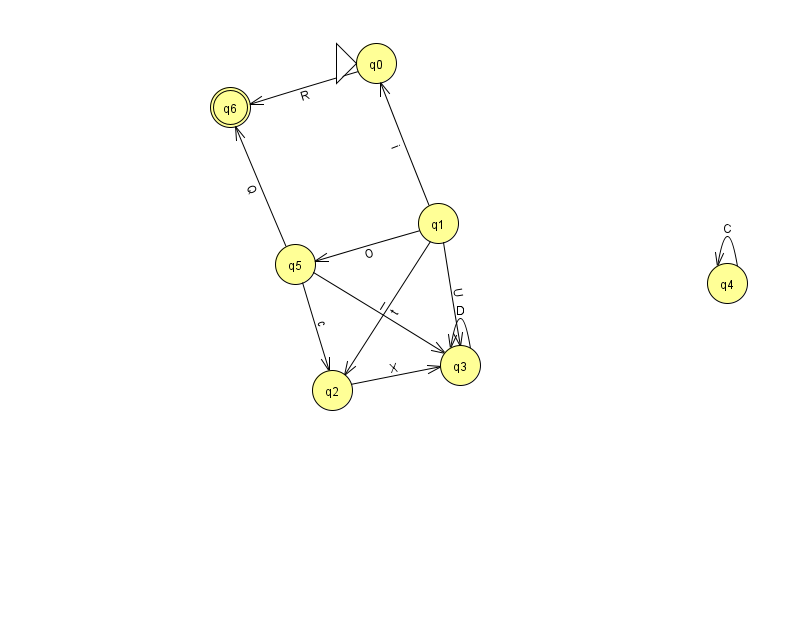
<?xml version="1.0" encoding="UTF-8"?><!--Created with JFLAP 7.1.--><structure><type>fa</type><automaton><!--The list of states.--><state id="0" name="q0"><x>376.0</x><y>50.0</y><initial/></state><state id="1" name="q1"><x>438.0</x><y>210.0</y></state><state id="2" name="q2"><x>332.0</x><y>377.0</y></state><state id="3" name="q3"><x>460.0</x><y>352.0</y></state><state id="4" name="q4"><x>727.0</x><y>270.0</y></state><state id="5" name="q5"><x>295.0</x><y>251.0</y></state><state id="6" name="q6"><x>230.0</x><y>94.0</y><final/></state><!--The list of transitions.--><transition><from>5</from><to>3</to><read>I</read></transition><transition><from>4</from><to>4</to><read>C</read></transition><transition><from>3</from><to>3</to><read>D</read></transition><transition><from>0</from><to>6</to><read>R</read></transition><transition><from>1</from><to>0</to><read>i</read></transition><transition><from>1</from><to>3</to><read>U</read></transition><transition><from>1</from><to>5</to><read>O</read></transition><transition><from>5</from><to>2</to><read>c</read></transition><transition><from>1</from><to>2</to><read>t</read></transition><transition><from>2</from><to>3</to><read>X</read></transition><transition><from>5</from><to>6</to><read>Q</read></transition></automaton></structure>